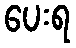
ပေးရ